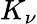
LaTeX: K_{\nu}